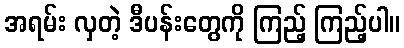
အရမ်း လှတဲ့ ဒီပန်းတွေကို ကြည့် ကြည့်ပါ။